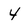
Character: 4